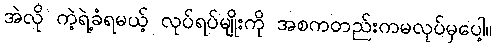
အဲလို ကဲ့ရဲ့ခံရမယ့် လုပ်ရပ်မျိုးကို အစကတည်းကမလုပ်မှပေါ့။